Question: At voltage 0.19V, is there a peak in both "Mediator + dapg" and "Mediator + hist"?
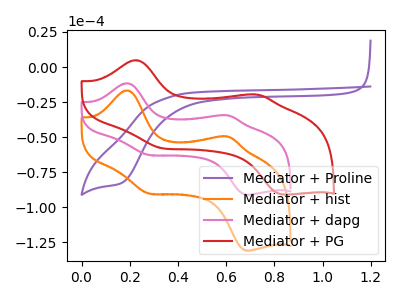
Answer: <think>The purple curve "Mediator + Proline" has a cathodic peak at: (0.15V, -82.50uA). The orange curve "Mediator + hist" has anodic peaks at (0.20V, -16.70uA) (0.60V, -49.65uA) and cathodic peaks at (0.30V, -90.05uA) (0.70V, -130.95uA). The pink curve "Mediator + dapg" has anodic peaks at (0.20V, -11.65uA) (0.60V, -34.55uA) and cathodic peaks at (0.30V, -62.65uA) (0.70V, -91.05uA). The red curve "Mediator + PG" has anodic peaks at (0.20V, 4.85uA) (0.75V, -19.65uA) and cathodic peaks at (0.35V, -57.90uA) (0.85V, -90.90uA).</think>
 <answer>Yes, "Mediator + dapg" and "Mediator + hist" share a peak at 0.19V.</answer>
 <eval>match</eval>